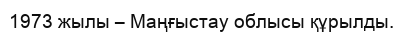
1973 жылы – Маңғыстау облысы құрылды.